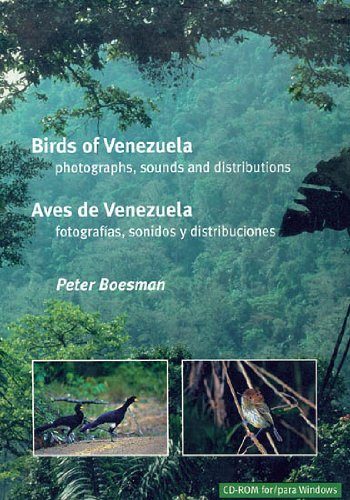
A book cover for Birds of Venezuela / Aves de Venezuela (version 1.0); Peter Boesman; Travel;